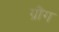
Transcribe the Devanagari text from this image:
ग्रौंग